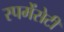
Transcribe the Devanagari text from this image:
स्पमेंसेटी